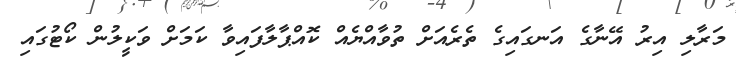
މަރާލި އިރު އޭނާގެ އަނގައިގެ ތެރެއަށް ތުވާއްޔެއް ކޮއްޕާލާފައިވާ ކަމަށް ވަކީލުން ކޯޓުގައި